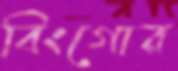
বিংগোর